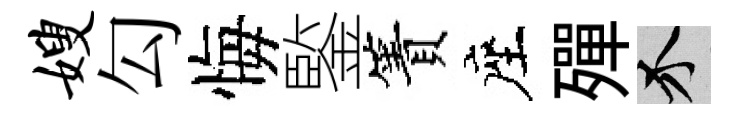
嫂勾悔鍳簀座殫介